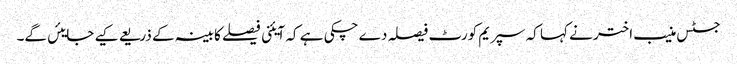
جسٹس منیب اختر نے کہا کہ سپریم کورٹ فیصلہ دے چکی ہے کہ آیئنی فیصلے کابینہ کے ذریعے کیے جایئں گے۔